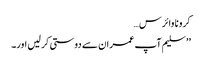
کرونا وائرس…
’’ سلیم آپ عمران سے دوستی کر لیں اور۔